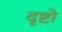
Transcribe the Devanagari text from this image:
दृष्टो